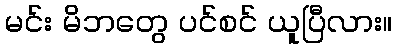
မင်း မိဘတွေ ပင်စင် ယူပြီလား။